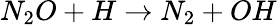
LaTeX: N_{2}O+H\rightarrow N_{2}+OH